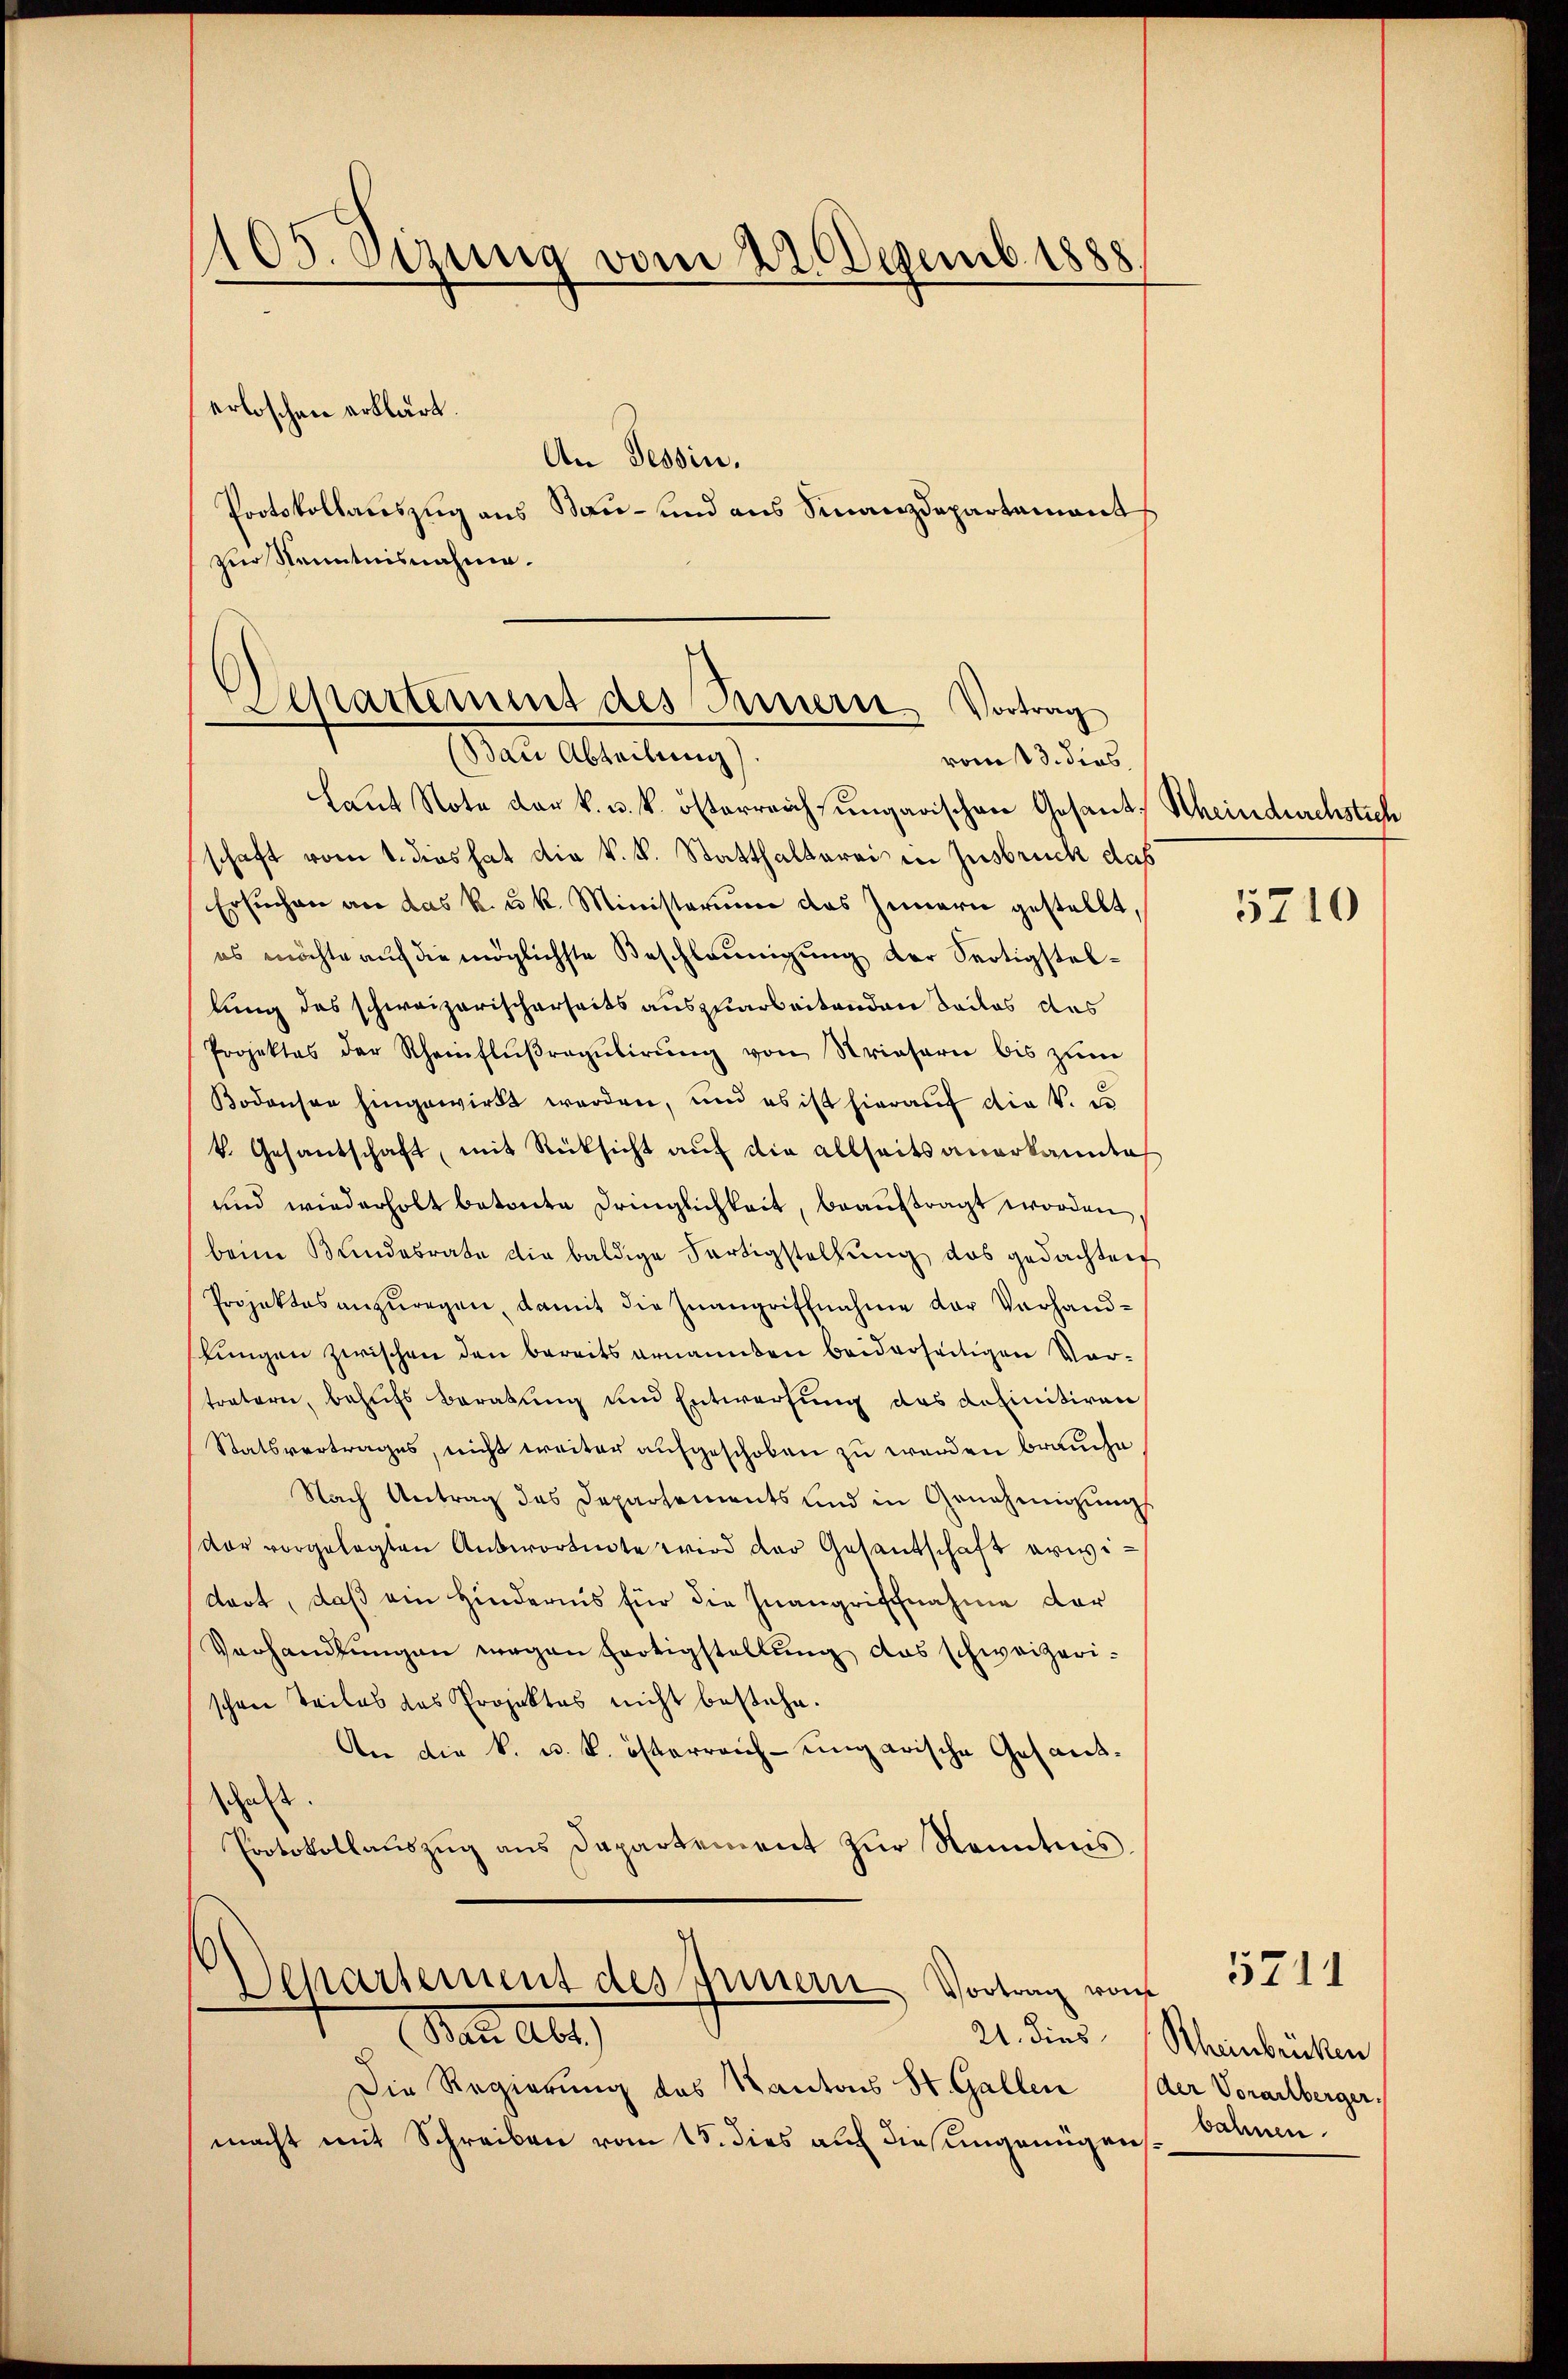
105. Sizung vom 22. Dezemb. 1888
erloschen erklärt.
An Tessin.
Protokollauszug aus Bau- und aus Finanzdepartement
zur Kenntnisnahme.

Separtement des Innern Vortrag
(Bau Abteilung)
vom 13. dies

Laut Note der k. u. k. österreich ungarischen Gesant, Scheindurchstich
schaft vom 1. dies hat die k.k. Statthalterei in Insbruck das
Ersuchen an das k. u. k. Ministerium das Innern gestellt,
es möchte auf die möglichste Beschleunigung der Sectigstellung des schweizerischerseits auszuarbeitenden Badlos das
Projektes der Rheinflŭβragŭlirŭng von Briefern bis zŭm
Bodensee hingewirkt werden, und es ist hierauf die V. er
k. Gesantschaft, mit Rücksicht auf die allseits anerkannte
und wiederholt betonte Dringlichkeit, beaŭftragt worden
beim Bundesrate die baldige Fertigstellŭng das gedachten
Projektes anzŭregen, damit die Zwangriffnahme der Vorhandffungen zwischen den bereits ernannten beiderseitigen Vortratern, behufs Beratung und Entwerfung des definitiren
Statsvertrages, nicht weiter aufgeschoben zu werden brauche
Nach Antrag des Departements und in Genehmigung
dor vorgelegten Antwortete wird der Gesantschaft erwidort, daß ein Hindernis für die Inangriffnahme der
Verhandlungen wegen fertigstellung das schweizerischöne Teiles das Projektes nicht bestehe.
An die k. u. k. österreich-ungarische Gesandhast.
Protokollaŭszŭg ans Departement zŭr Kenntnis.

Departement des Innern Vortrag von

21. dies
an abe
Die Regierung des Kantons St. Gallen (der Vorarlberger,
macht mit Schreiben vom 15. dies auf dies ungenügen,

5210

Rheinbrücken
bahnen.

5711